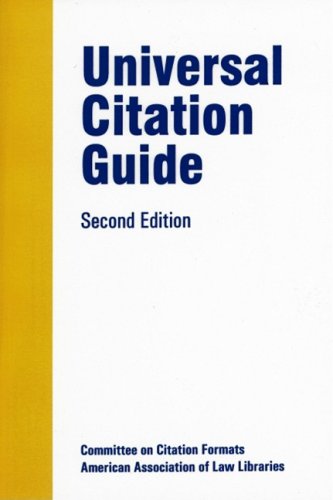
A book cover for Universal Citation Guide (Aall Publications Series); Citation Formats Committee of the american association of law Libraries; Law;